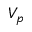
V _ { p }